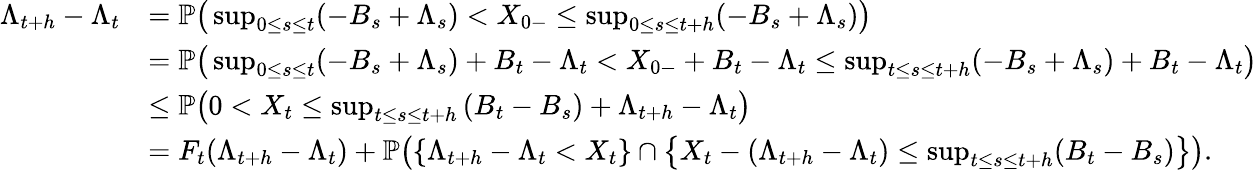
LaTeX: \begin{array}{rl}{\Lambda_{t+h}-\Lambda_{t}}&{=\mathbb{P}\big(\operatorname*{sup}_{0\le s\le t}(-B_{s}+\Lambda_{s})<X_{0-}\le\operatorname*{sup}_{0\le s\le t+h}(-B_{s}+\Lambda_{s})\big)}\\ &{=\mathbb{P}\big(\operatorname*{sup}_{0\le s\le t}(-B_{s}+\Lambda_{s})+B_{t}-\Lambda_{t}<X_{0-}+B_{t}-\Lambda_{t}\le\operatorname*{sup}_{t\le s\le t+h}(-B_{s}+\Lambda_{s})+B_{t}-\Lambda_{t}\big)}\\ &{\le\mathbb{P}\big(0<X_{t}\le\operatorname*{sup}_{t\le s\le t+h}\left(B_{t}-B_{s}\right)+\Lambda_{t+h}-\Lambda_{t}\big)}\\ &{=F_{t}(\Lambda_{t+h}-\Lambda_{t})+\mathbb{P}\big(\{ \Lambda_{t+h}-\Lambda_{t}<X_{t}\} \cap\big\{ X_{t}-(\Lambda_{t+h}-\Lambda_{t})\le\operatorname*{sup}_{t\le s\le t+h}(B_{t}-B_{s})\big\} \big).}\end{array}